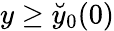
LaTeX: y\ge\breve{y}_{0}(0)